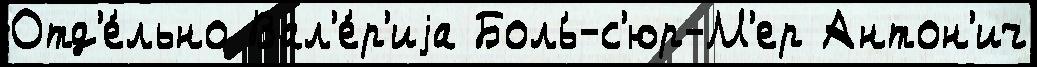
Отд'е́льно Вал'е́р'иjа Боль́-с'юр-М'ер Антон'ич